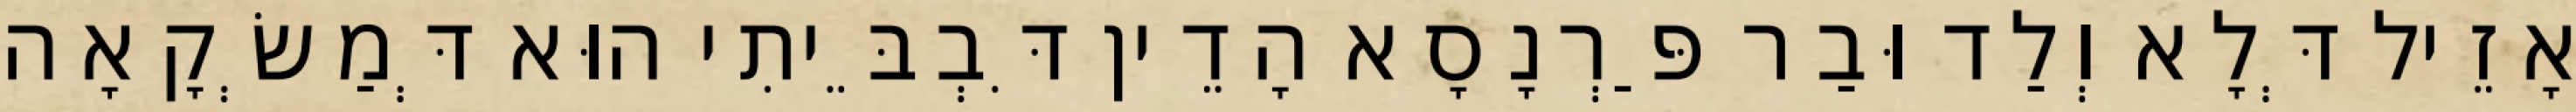
אָזֵיל דְּלָא וְלַד וּבַר פַּרְנָסָא הָדֵין דִּבְבֵּיתִי הוּא דְּמַשְׂקָאָה